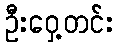
ဦးဝှေ့တင်း